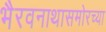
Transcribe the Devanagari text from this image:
भैरवनाथासमोरच्या